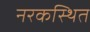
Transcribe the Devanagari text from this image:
नरकस्थित